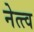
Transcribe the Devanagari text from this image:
नेत्त्व